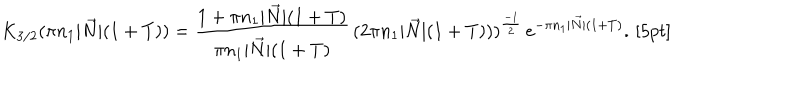
K _ { 3 / 2 } ( \pi n _ { 1 } | \vec { N } | ( 1 + T ) ) = \frac { 1 + \pi n _ { 1 } | \vec { N } | ( 1 + T ) } { \pi n _ { 1 } | \vec { N } | ( 1 + T ) } \, ( 2 \pi n _ { 1 } | \vec { N } | ( 1 + T ) ) ) ^ { \frac { - 1 } { 2 } } \, e ^ { - \pi n _ { 1 } | \vec { N } | ( 1 + T ) } . \, [ 5 p t ]